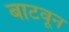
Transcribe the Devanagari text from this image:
बाटवून